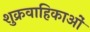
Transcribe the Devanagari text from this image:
शुक्रवाहिकाओं